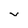
Character: v